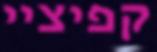
קפיציי